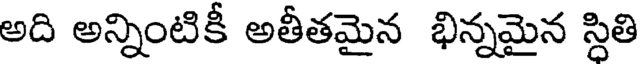
అది అన్నింటికీ అతీతమైన భిన్నమైన స్ధితి